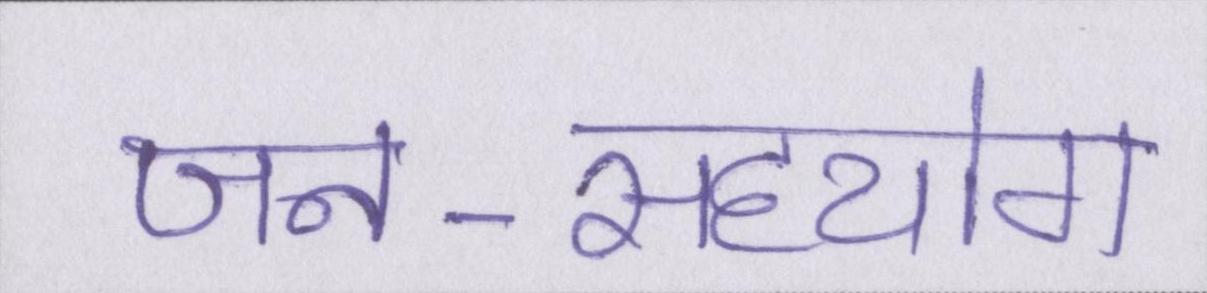
जन-सहयोग